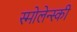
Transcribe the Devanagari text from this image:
स्मोलेन्स्की